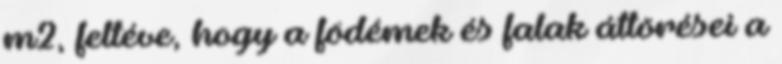
m2, feltéve, hogy a födémek és falak áttörései a